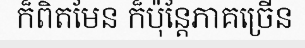
ក៏ពិតមែន ក៏ប៉ុន្តែភាគច្រើន